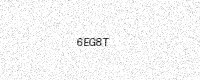
Text: 6EG8T